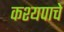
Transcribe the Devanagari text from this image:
कश्यपाचे